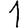
Digit: 1